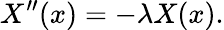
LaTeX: X^{\prime\prime}(x)=-\lambda X(x).